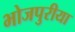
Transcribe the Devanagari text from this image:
भोजपुरीया